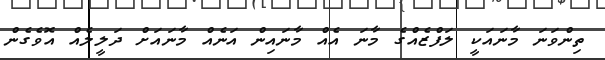
ތިންވަނަ މާނައަކީ ލަފްޒެއްގެ މާނަ އެއް މާނައިން އަނެއް މާނައަށް ދަލީލެއް އޮވެގެން